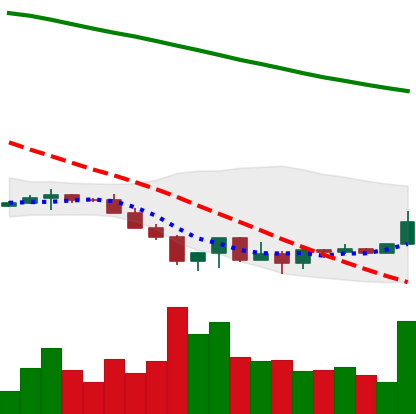
Ticker: XRP-USD
Chart end date: 2022-06-24
Forward return: -10.503%
Label: down_7plus